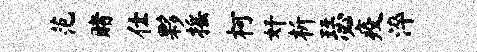
范赌仕夥摇柯奸析瑟疫淬